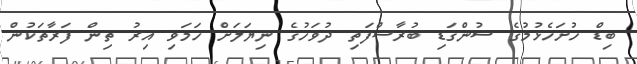
ބިޑް ހުށަހެޅުމުގެ ސުންގަޑި ބުރާސްފަތި ދުވަހުގެ ނިޔަލަށް ހަމަވި އިރު ތިން ފަރާތަކުން